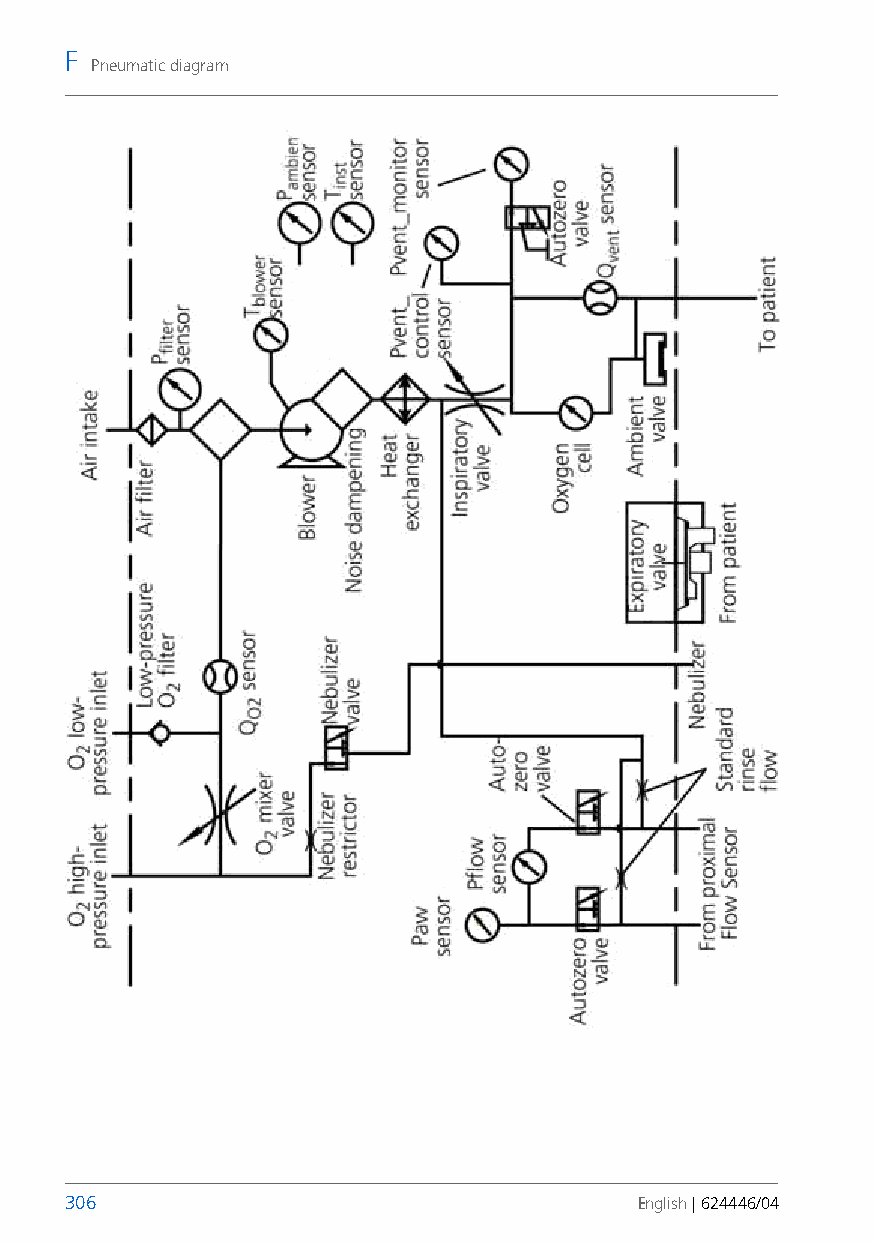
F
 Pneumatic diagram
 306                                   English | 624446/04